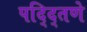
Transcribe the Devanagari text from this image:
पद्द्तिणे